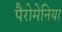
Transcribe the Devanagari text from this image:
पैरोमेनिया